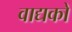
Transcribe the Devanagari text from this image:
वाद्यकों